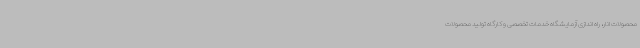
محصولات انار، راه اندازی آزمایشگاه خدمات تخصصی و کارگاه تولید محصولات